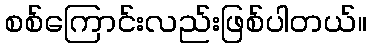
စစ်ကြောင်းလည်းဖြစ်ပါတယ်။